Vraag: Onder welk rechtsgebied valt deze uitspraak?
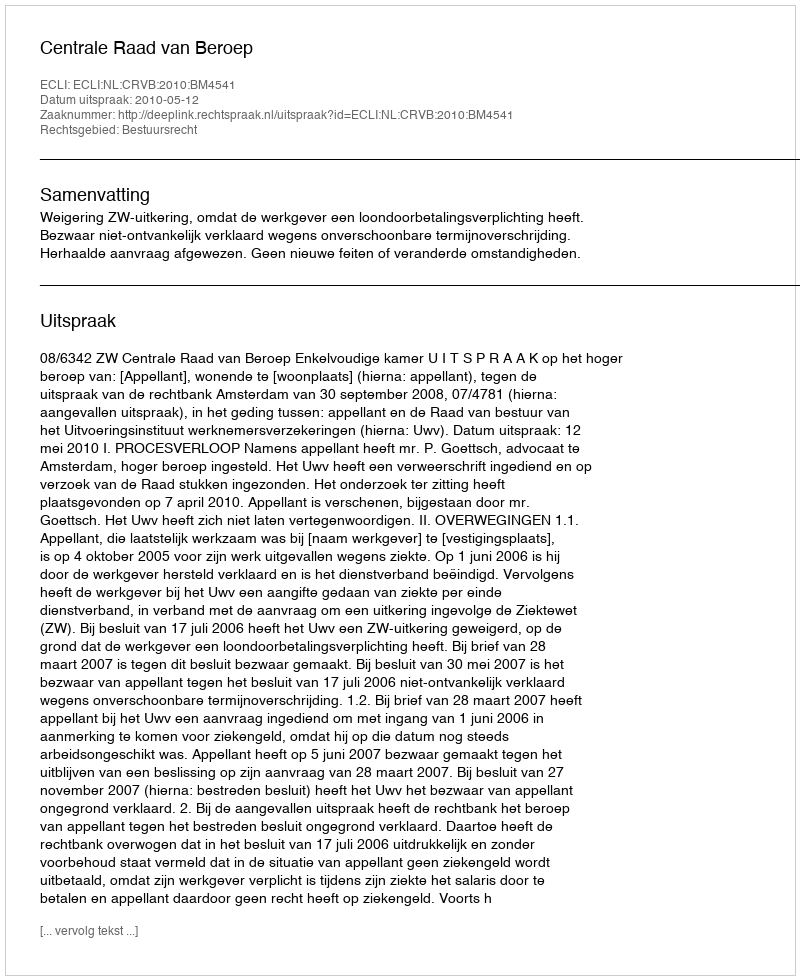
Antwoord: Bestuursrecht